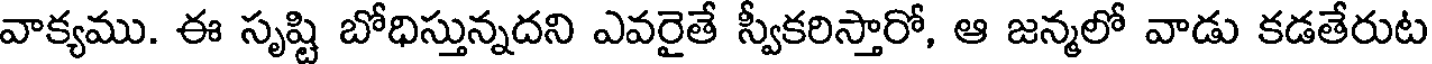
వాక్యము. ఈ సృష్టి బోధిస్తున్నదని ఎవరైతే స్వీకరిస్తారో, ఆ జన్మలో వాడు కడతేరుట